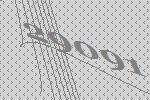
29091